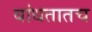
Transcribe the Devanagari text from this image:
बांधतातच